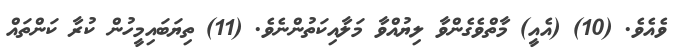
ވެއެވެ. (10) (އެއީ) މާތްވެގެންވާ ލިޔުއްވާ މަލާއިކަތުންނެވެ. (11) ތިޔަބައިމީހުން ކުރާ ކަންތައް